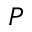
P